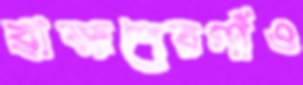
ব্রাহ্মণেরগাঁও